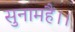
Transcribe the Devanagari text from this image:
सुनामहैं।।